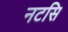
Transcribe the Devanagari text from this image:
नटसि